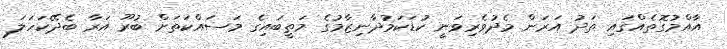
އާއްމުގޮތެއްގައި ތަދު އަރަން މެދުވެރިވަނީ ކުޑަކަމުދާނިޒާމުގެ މަތީބައިގެ މަސައްކަތަށް ބުރޫ އަރާ ބެދޭކަހަލަ